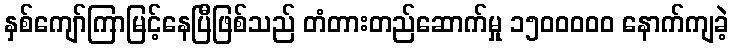
နှစ်ကျော်ကြာမြင့်နေပြီဖြစ်သည် တံတားတည်ဆောက်မှု ၁၅၀၀ဝဝဝ နောက်ကျခဲ့